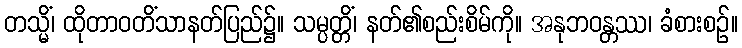
တသ္မိံ၊ ထိုတာဝတိံသာနတ်ပြည်၌။ သမ္ပတ္တိံ၊ နတ်၏စည်းစိမ်ကို။ အနုဘဝန္တဿ၊ ခံစားစဉ်။